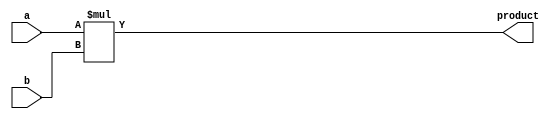
module booth_multiplier(
    input [31:0] a,
    input [31:0] b,
    output [63:0] product
);

reg [63:0] product_reg;

always @(*) begin
    product_reg = a * b;
end

assign product = product_reg;

endmodule